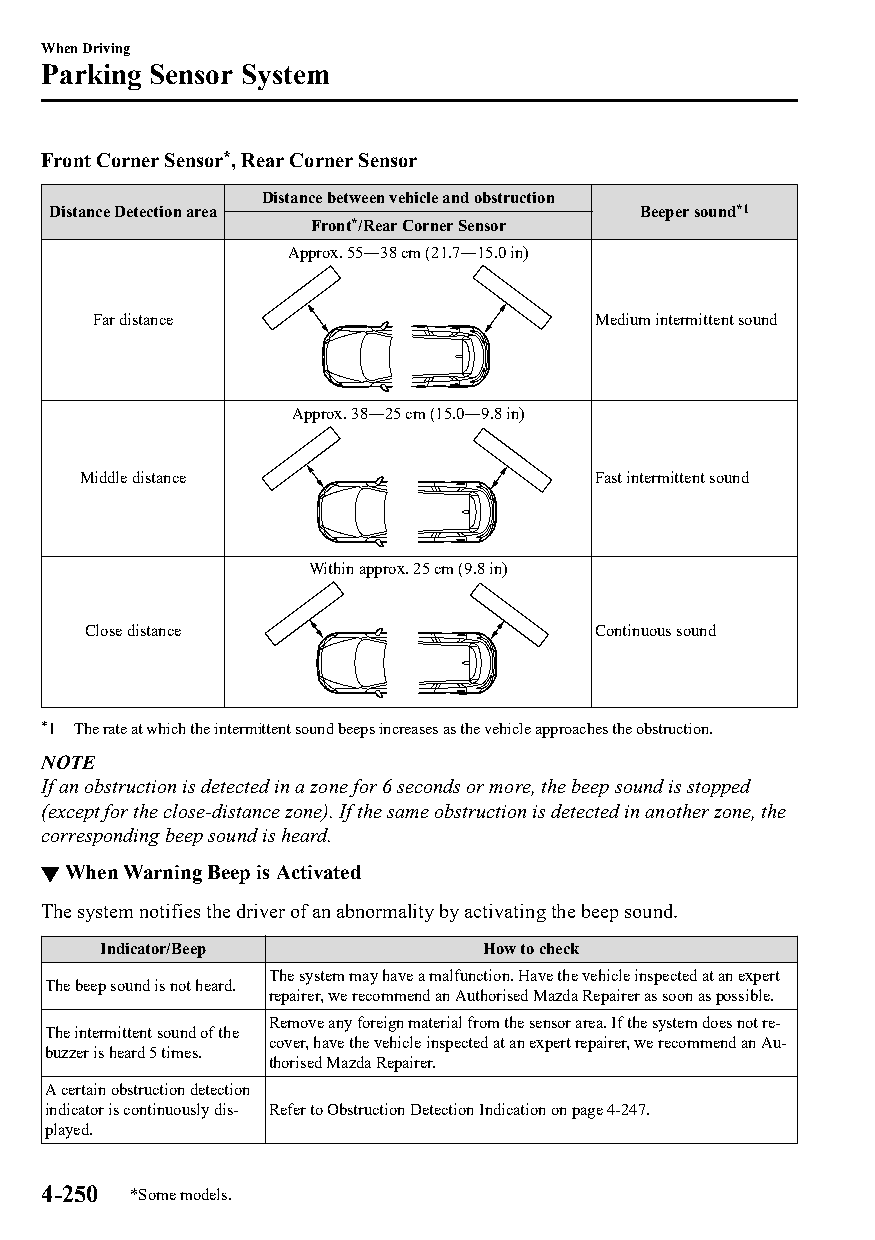
When Driving
 Parking Sensor System
 Front Corner Sensor*, Rear Corner Sensor
 Distance between vehicle and obstruction
 Distance Detection area                Beeper sound*1
 Front*/Rear Corner Sensor
 Approx. 55―38 cm (21.7―15.0 in)
 Far distance                     Medium intermittent sound
 Approx. 38―25 cm (15.0―9.8 in)
 Middle distance                   Fast intermittent sound
 Within approx. 25 cm (9.8 in)
 Close distance                    Continuous sound
 *1 The rate at which the intermittent sound beeps increases as the vehicle approaches the obstruction.
 NOTE
 If an obstruction is detected in a zone for 6 seconds or more, the beep sound is stopped
 (except for the close-distance zone). If the same obstruction is detected in another zone, the
 corresponding beep sound is heard.
 ▼When Warning Beep is Activated
 The system notifies the driver of an abnormality by activating the beep sound.
 Indicator/Beep            How to check
 The system may have a malfunction. Have the vehicle inspected at an expert
 The beep sound is not heard.
 repairer, we recommend an Authorised Mazda Repairer as soon as possible.
 Remove any foreign material from the sensor area. If the system does not re‐
 The intermittent sound of the
 cover, have the vehicle inspected at an expert repairer, we recommend an Au‐
 buzzer is heard 5 times.
 thorised Mazda Repairer.
 A certain obstruction detection
 indicator is continuously dis‐ Refer to Obstruction Detection Indication on page 4-247.
 played.
 4-250 *Some models.
 CX-3_8GT4-EE-18D_Edition4                  2018-9-6 18:32:19